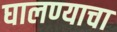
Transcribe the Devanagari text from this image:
घालण्‍याचा